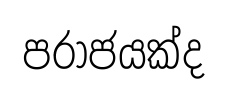
පරාජයක්ද